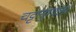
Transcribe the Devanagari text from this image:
चट्टानुगाला